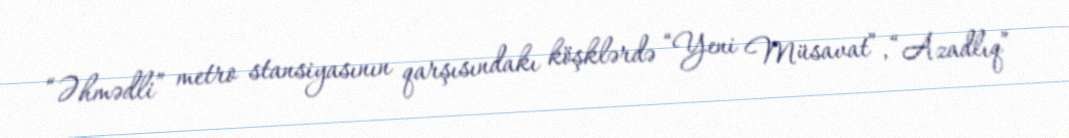
“Əhmədli” metro stansiyasının qarşısındakı köşklərdə “Yeni Müsavat”, “Azadlıq”